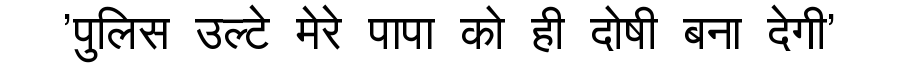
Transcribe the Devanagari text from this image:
'पुलिस उल्टे मेरे पापा को ही दोषी बना देगी'